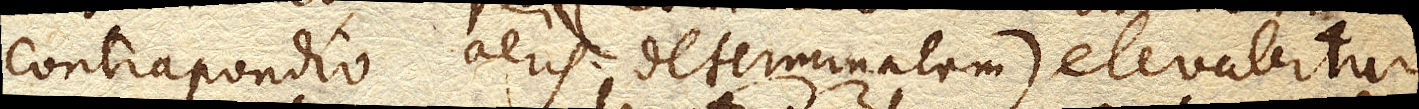
contrapondio aeris determinatam) elevabitur